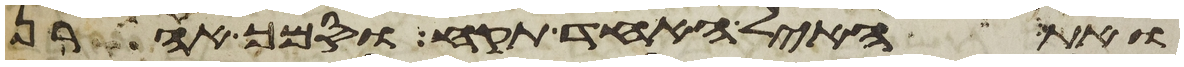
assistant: ואת האיל האחד תקח וסמך אהרן